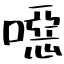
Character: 噁